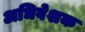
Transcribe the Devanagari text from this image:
अधिवेशक